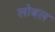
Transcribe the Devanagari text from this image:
लोबल